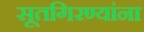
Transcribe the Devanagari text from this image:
सूतगिरण्यांना